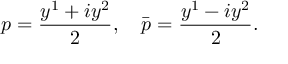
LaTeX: p = \frac { y ^ { 1 } + i y ^ { 2 } } { 2 } , \quad \bar { p } = \frac { y ^ { 1 } - i y ^ { 2 } } { 2 } .